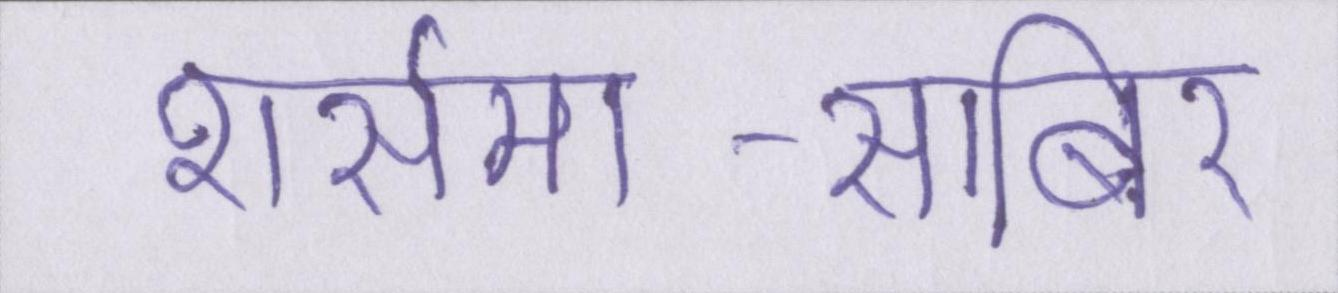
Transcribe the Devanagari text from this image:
शर्समा-साबिर